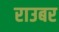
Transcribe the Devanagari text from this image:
राउबर